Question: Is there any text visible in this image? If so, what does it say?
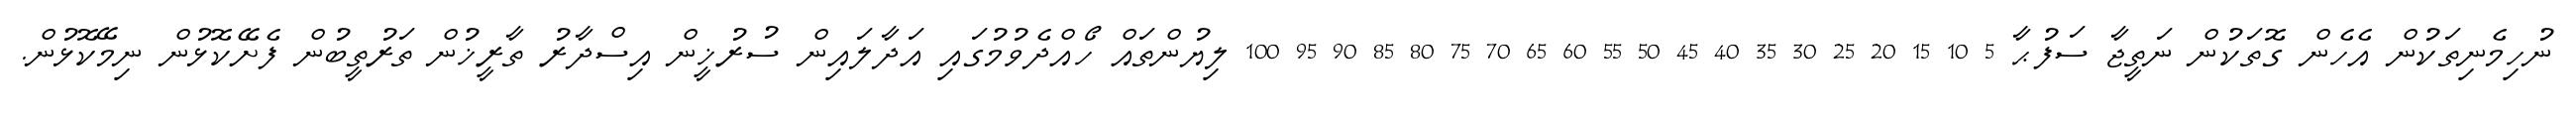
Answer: ނުހިމެނިތަކުން އެހެން ގޮތަކުން ނަތީޖާ ސަފުޙާ 5 10 15 20 25 30 35 40 45 50 55 60 65 70 75 80 85 90 95 100 ލިޔުންތައް ހޯއްދެވުމުގައި އަދާލައިން ސުރުޚީން އިސްދާރު ތާރީޚުން ތަރުތީބުން ފެށޭކޮޅުން ނިމޭކޮޅުން.